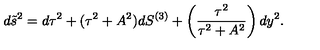
d \tilde { s } ^ { 2 } = d \tau ^ { 2 } + ( \tau ^ { 2 } + A ^ { 2 } ) d S ^ { ( 3 ) } + \left( { \frac { \tau ^ { 2 } } { \tau ^ { 2 } + A ^ { 2 } } } \right) d y ^ { 2 } .